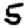
Digit: 5